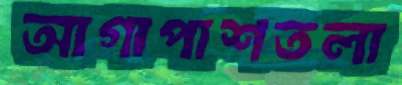
আগাপাশতলা